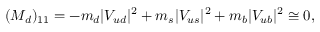
( M _ { d } ) _ { 1 1 } = - m _ { d } \vert V _ { u d } \vert ^ { 2 } + m _ { s } \vert V _ { u s } \vert ^ { 2 } + m _ { b } \vert V _ { u b } \vert ^ { 2 } \cong 0 ,